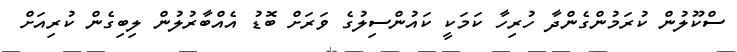
ސްކޫލުން ކުރަމުންގެންދާ ހުރިހާ ކަމަކީ ކައުންސިލުގެ ވަރަށް ބޮޑު އެއްބާރުލުން ލިބިގެން ކުރިއަށް